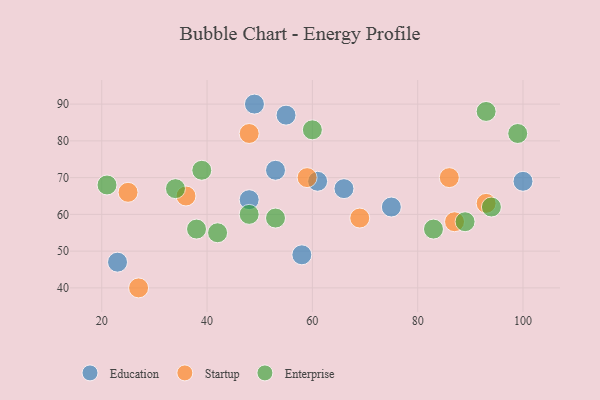
{"axis": {"x": "GDP", "y": "Life Expectancy"}, "legend": ["Education", "Enterprise", "Startup"], "data": [{"x": "55", "y": 87, "type": "Education"}, {"x": "53", "y": 72, "type": "Education"}, {"x": "66", "y": 67, "type": "Education"}, {"x": "100", "y": 69, "type": "Education"}, {"x": "61", "y": 69, "type": "Education"}, {"x": "23", "y": 47, "type": "Education"}, {"x": "49", "y": 90, "type": "Education"}, {"x": "48", "y": 64, "type": "Education"}, {"x": "58", "y": 49, "type": "Education"}, {"x": "75", "y": 62, "type": "Education"}, {"x": "25", "y": 66, "type": "Startup"}, {"x": "59", "y": 70, "type": "Startup"}, {"x": "36", "y": 65, "type": "Startup"}, {"x": "86", "y": 70, "type": "Startup"}, {"x": "93", "y": 63, "type": "Startup"}, {"x": "87", "y": 58, "type": "Startup"}, {"x": "69", "y": 59, "type": "Startup"}, {"x": "27", "y": 40, "type": "Startup"}, {"x": "48", "y": 82, "type": "Startup"}, {"x": "94", "y": 62, "type": "Enterprise"}, {"x": "48", "y": 60, "type": "Enterprise"}, {"x": "93", "y": 88, "type": "Enterprise"}, {"x": "99", "y": 82, "type": "Enterprise"}, {"x": "21", "y": 68, "type": "Enterprise"}, {"x": "53", "y": 59, "type": "Enterprise"}, {"x": "38", "y": 56, "type": "Enterprise"}, {"x": "34", "y": 67, "type": "Enterprise"}, {"x": "60", "y": 83, "type": "Enterprise"}, {"x": "89", "y": 58, "type": "Enterprise"}, {"x": "39", "y": 72, "type": "Enterprise"}, {"x": "42", "y": 55, "type": "Enterprise"}, {"x": "83", "y": 56, "type": "Enterprise"}]}